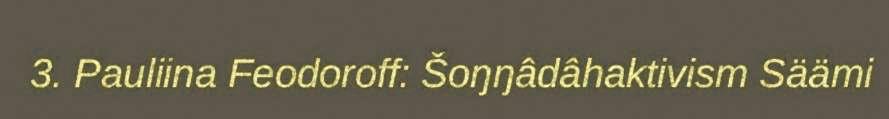
3. Pauliina Feodoroff: Šoŋŋâdâhaktivism Säämi